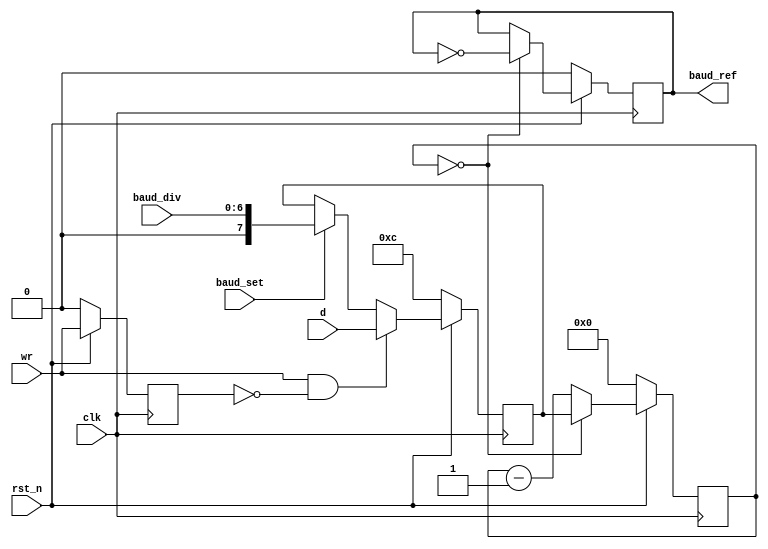
// This program was cloned from: https://github.com/kdp1965/tt06-um-lisa
// License: Apache License 2.0

/*
================================================================================
debug_brg:   Debug Baud Rate Generator

Copyright 2024 by Ken Pettit <pettitkd@gmail.com>

Redistribution and use in source and binary forms, with or without
modification, are permitted provided that the following conditions
are met:
1. Redistributions of source code must retain the above copyright
   notice, this list of conditions and the following disclaimer.
2. Redistributions in binary form must reproduce the above copyright
   notice, this list of conditions and the following disclaimer in the
   documentation and/or other materials provided with the distribution.

THIS SOFTWARE IS PROVIDED BY THE AUTHOR AND CONTRIBUTORS ``AS IS'' AND
ANY EXPRESS OR IMPLIED WARRANTIES, INCLUDING, BUT NOT LIMITED TO, THE
IMPLIED WARRANTIES OF MERCHANTABILITY AND FITNESS FOR A PARTICULAR PURPOSE
ARE DISCLAIMED.  IN NO EVENT SHALL THE AUTHOR OR CONTRIBUTORS BE LIABLE
FOR ANY DIRECT, INDIRECT, INCIDENTAL, SPECIAL, EXEMPLARY, OR CONSEQUENTIAL
DAMAGES (INCLUDING, BUT NOT LIMITED TO, PROCUREMENT OF SUBSTITUTE GOODS
OR SERVICES; LOSS OF USE, DATA, OR PROFITS; OR BUSINESS INTERRUPTION)
HOWEVER CAUSED AND ON ANY THEORY OF LIABILITY, WHETHER IN CONTRACT, STRICT
LIABILITY, OR TORT (INCLUDING NEGLIGENCE OR OTHERWISE) ARISING IN ANY WAY
OUT OF THE USE OF THIS SOFTWARE, EVEN IF ADVISED OF THE POSSIBILITY OF
SUCH DAMAGE.

================================================================================
*/

module debug_brg
  (
   // Timing and reset inputs
   input  wire                clk,              // System clock 
   input  wire                rst_n,            // Active low reset

   input  wire                wr,               // Data write strobe
   input  wire [7:0]          d,                // Data input

   input  wire                baud_set,
   input  wire [6:0]          baud_div,
   output wire                baud_ref
   );

   // ================================================
   // Internal signals
   // ================================================
   reg   [7:0]       s_baud_cnt;                // Baud rate counter
   reg   [7:0]       s_baud_preload;            // Baud counter preload val
   reg               s_baud_ref;                // Baud ref signal
   reg               s_wr_edge;                 // Write signal edge detect

   assign baud_ref = s_baud_ref;

   // ================================================
   // Clocked block to capture write data from CPU
   // ================================================
   always @(posedge clk)
   begin
      if (~rst_n)
      begin
         // Default to all input
         s_baud_preload <= 8'h0C;
         s_wr_edge <= 1'b0;
      end
      else
      begin
         // Latch data on faling wr edge
         if (wr & ~s_wr_edge)
            s_baud_preload <= d;
         else if (baud_set)
            s_baud_preload <= {1'b0, baud_div};

         // Create edge detector
         s_wr_edge <= wr;
      end
   end

   // ================================================
   // Generate 16x baud counter
   // ================================================
   always @(posedge clk)
   begin
      if (~rst_n)
      begin
         // Default to all input
         s_baud_cnt <= 8'h0;
         s_baud_ref <= 1'b0;
      end
      else
      begin
         // Latch data on faling wr edge
         if (s_baud_cnt == 8'h0)
         begin
            s_baud_cnt <= s_baud_preload;
            s_baud_ref <= ~s_baud_ref;
         end
         else
            s_baud_cnt <= s_baud_cnt -1;
      end
   end

endmodule